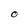
Character: O